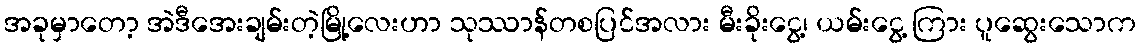
အခုမှာတော့ အဲဒီအေးချမ်းတဲ့မြို့လေးဟာ သုဿာန်တစပြင်အလား မီးခိုးငွေ့၊ ယမ်းငွေ့ ကြား ပူဆွေးသောက